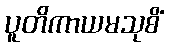
ပူတိကာယမသုစိံ